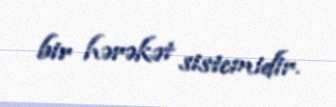
bir hərəkət sistemidir.